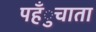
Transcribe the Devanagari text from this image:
पहँुचाता